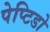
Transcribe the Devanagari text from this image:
पेप्टिडो